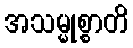
အသမ္မုစ္စာတိ